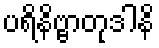
ပရိနိဗ္ဗာတုဒါနိ